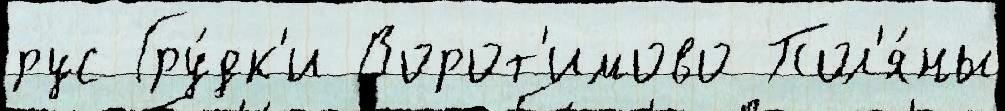
рус Гру́дк'и Ворот'имово Пол'я́ны